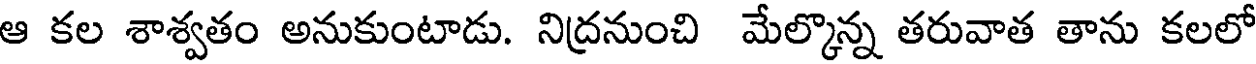
ఆ కల శాశ్వతం అనుకుంటాడు. నిద్రనుంచి మేల్కొన్న తరువాత తాను కలలో